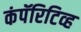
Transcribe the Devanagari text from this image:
कंपॅरिटिव्ह